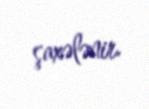
şaxələnir.